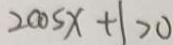
2 \cos x + 1 > 0